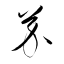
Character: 芥